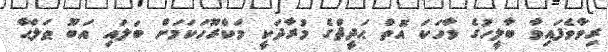
ރިވާވެފައިވާ ބާލީހުގެ ވާހަކަ އޮތް ޙަދީޘްގެ މުރާދަކީ މަކްރޫހަކަމަށް ބަލައި އަބޫ ޠަލްޙާ